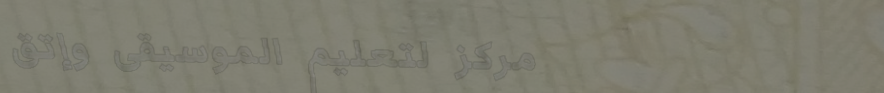
مركز لتعليم الموسيقى وإتق